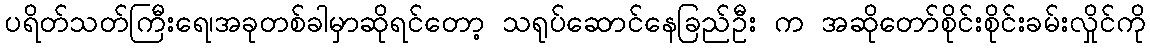
ပရိတ်သတ်ကြီးရေ၊အခုတစ်ခါမှာဆိုရင်တော့ သရုပ်ဆောင်နေခြည်ဦး က အဆိုတော်စိုင်းစိုင်းခမ်းလှိုင်ကို